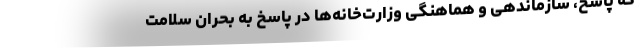
که پاسخ، سازماندهی و هماهنگی وزارت‌خانه‌ها در پاسخ به بحران سلامت